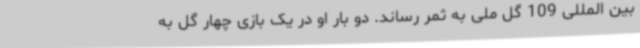
بین المللی 109 گل ملی به ثمر رساند. دو بار او در یک بازی چهار گل به